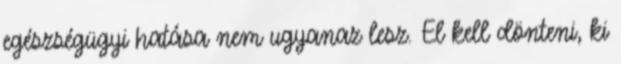
egészségügyi hatása nem ugyanaz lesz. El kell dönteni, ki